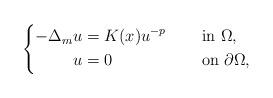
LaTeX: \begin{align*}\left\{\begin{aligned}-\Delta_{m} u&= K(x)u^{-p} &&\quad\mbox{ in }\Omega,\\u&= 0 &&\quad\mbox{ on }\partial{\Omega},\end{aligned}\right.\end{align*}